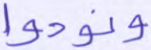
ونودوا